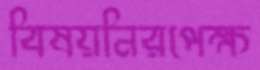
বিষয়নিরপেক্ষ